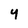
Character: 4